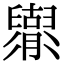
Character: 𦦬